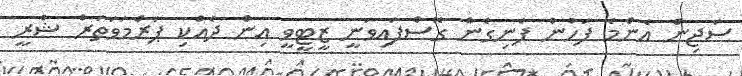
ސަޖިން އެންމެ ފަހުން ފެނިގެން ގޮސްފައިވަނީ ޒީޓީވީ އިން ދެއްކި ޕަރްމަވަތަރް ޝްރީ